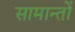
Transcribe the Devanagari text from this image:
सामान्तों